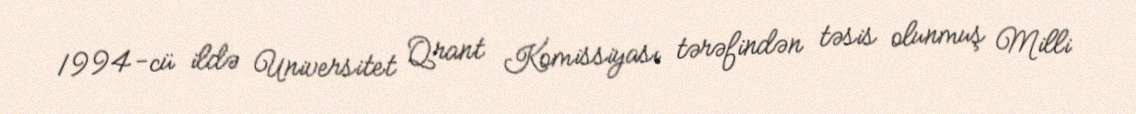
1994-cü ildə Universitet Qrant Komissiyası tərəfindən təsis olunmuş Milli